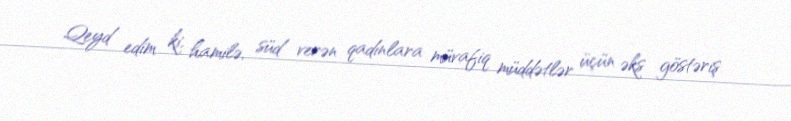
Qeyd edim ki, hamilə, süd verən qadınlara müvafiq müddətlər üçün əks göstəriş